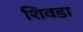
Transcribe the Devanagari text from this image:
शिवडा